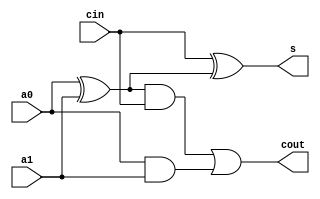
module fulladder (
    input wire a0,
    input wire a1,
    input wire cin,
    output wire s,
    output wire cout
);
    wire h0_s, h0_c;
    assign h0_s = a0 ^ a1;
    assign h0_c = a0 & a1;

    assign s = cin ^ h0_s;
    assign cout = (h0_s & cin) | h0_c;

endmodule